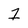
Character: 2